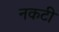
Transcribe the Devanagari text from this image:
नकटी